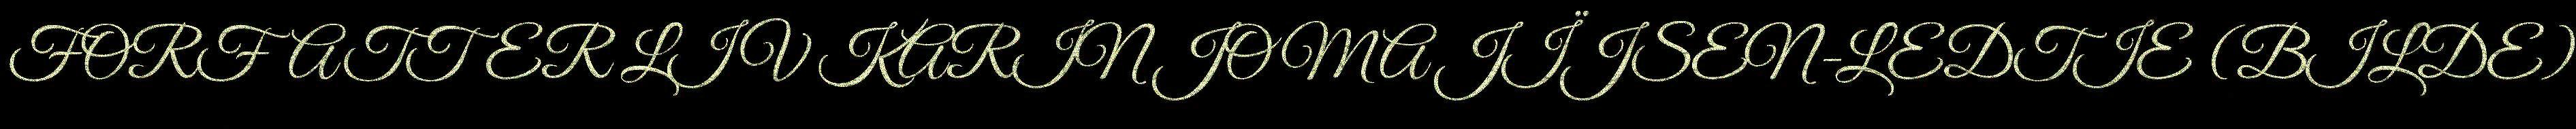
FORFATTER LIV KARIN JOMA JÏJSEN-LEDTIE (BILDE)